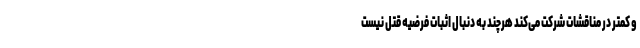
و کمتر در مناقشات شرکت می‌کند هر‌چند به دنبال اثبات فرضیه قتل نیست